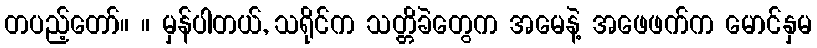
တပည့်တော်။ ။ မှန်ပါတယ်, သရိုင်က သတ္တိခဲတွေက အမေနဲ့ အဖေဖက်က မောင်နှမ